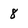
Character: 8